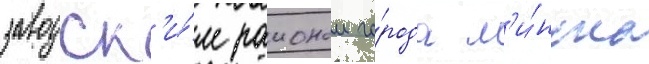
заводск'и́м раионом го́рода м'и́нска